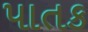
પાતક